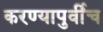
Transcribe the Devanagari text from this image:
करण्यापुर्वीच